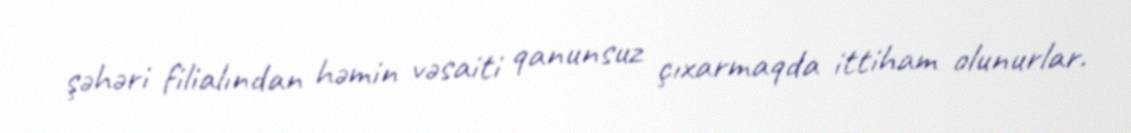
şəhəri filialından həmin vəsaiti qanunsuz çıxarmaqda ittiham olunurlar.